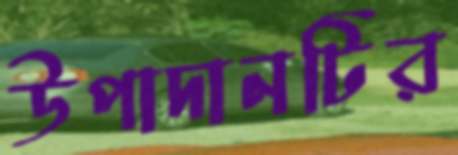
উপাদানটির